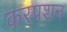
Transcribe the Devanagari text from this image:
करपशन